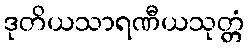
ဒုတိယသာရဏီယသုတ္တံ